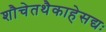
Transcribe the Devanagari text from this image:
शौचेतथैकाहेसद्यः